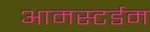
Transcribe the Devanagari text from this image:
आमस्टर्डम